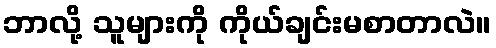
ဘာလို့ သူများကို ကိုယ်ချင်းမစာတာလဲ။